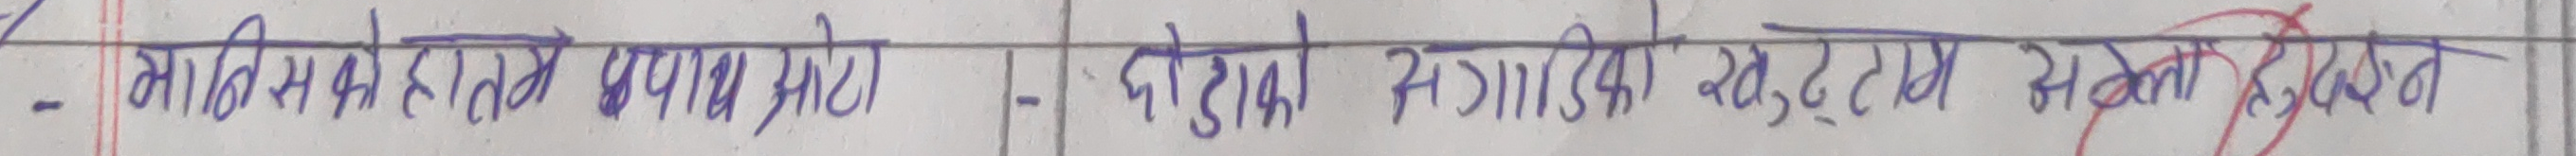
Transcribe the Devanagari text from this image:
- भावीसकोलागत परिणाम आटो । - दोडाको सगाठिक वस्तुगत अवस्थालहरू देखाउन ।